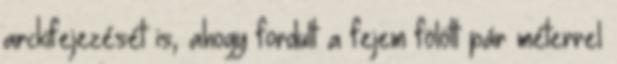
arckifejezését is, ahogy fordult a fejem fölött pár méterrel